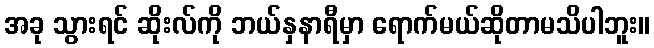
အခု သွားရင် ဆိုးလ်ကို ဘယ်နှနာရီမှာ ရောက်မယ်ဆိုတာမသိပါဘူး။